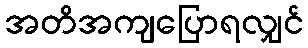
အတိအကျပြောရလျှင်